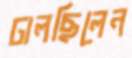
ঢালছিলেন